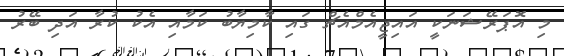
މި އޮޕަރޭޝަނަކީ އައިޖީއެމްއެޗް ގައި ކާމިޔާބު ކަމާއި އެކު ކުރާ އަދި ބޭރު